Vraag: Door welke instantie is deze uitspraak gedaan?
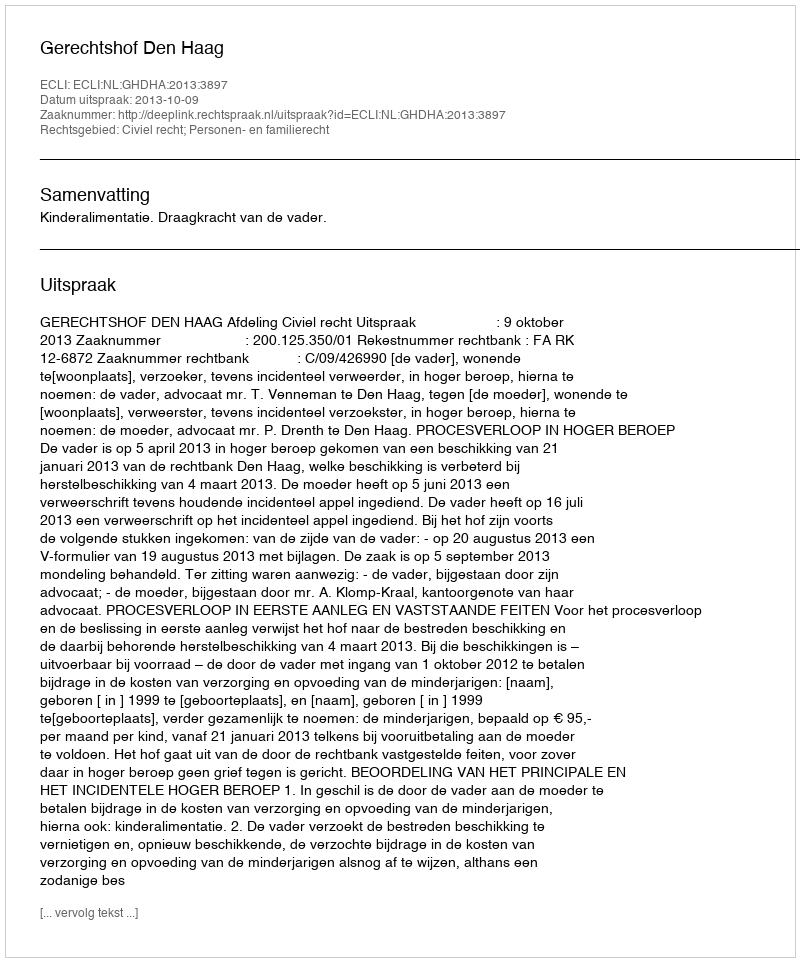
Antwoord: Gerechtshof Den Haag